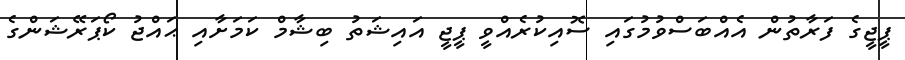
ޕީޖީގެ ފަރާތުން އެއްބަސްވުމުގައި ސޮއިކުރެއްވީ ޕީޖީ އައިޝަތު ބިޝާމް ކަމަށާއި ޙައްޖު ކޯޕަރޭޝަންގެ